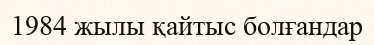
1984 жылы қайтыс болғандар